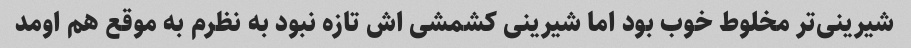
شیرینی‌تر مخلوط خوب بود اما شیرینی کشمشی اش تازه نبود به نظرم به موقع هم اومد